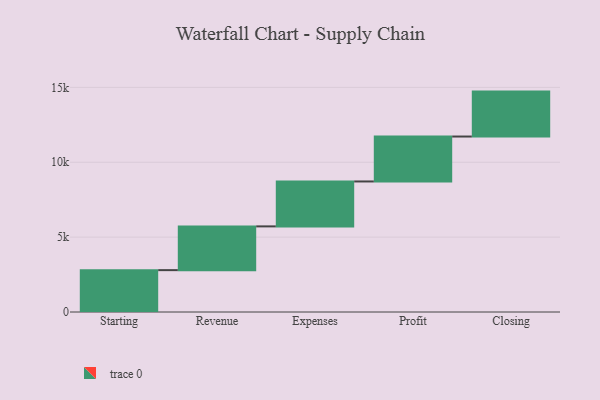
{"axis": {"x": "Step", "y": "Value"}, "legend": [""], "data": [{"x": "Starting", "y": 2795.0, "type": ""}, {"x": "Revenue", "y": 2922.0, "type": ""}, {"x": "Expenses", "y": 3000, "type": ""}, {"x": "Profit", "y": 3000, "type": ""}, {"x": "Closing", "y": 3000, "type": ""}]}